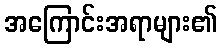
အကြောင်းအရာများ၏